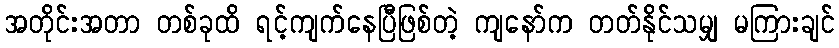
အတိုင်းအတာ တစ်ခုထိ ရင့်ကျက်နေပြီဖြစ်တဲ့ ကျနော်က တတ်နိုင်သမျှ မကြားချင်